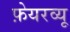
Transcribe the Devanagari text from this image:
फ़ेयरव्यू